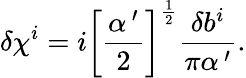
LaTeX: \delta\chi^{i}=i\left[\frac{\alpha^{\, \prime}}{2}\right]^{\frac 12}\frac{\delta b^{i}}{\pi\alpha^{\, \prime}}.